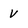
Character: V